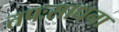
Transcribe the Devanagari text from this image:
तपःसाधना